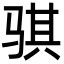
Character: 骐